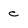
Character: c